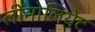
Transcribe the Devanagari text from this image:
लीनोलियेट